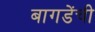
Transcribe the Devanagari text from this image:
बागडेंची